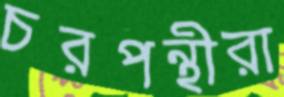
চরপন্থীরা